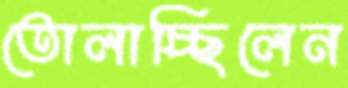
তোলাচ্ছিলেন